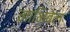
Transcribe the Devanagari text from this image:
नाभिबेल